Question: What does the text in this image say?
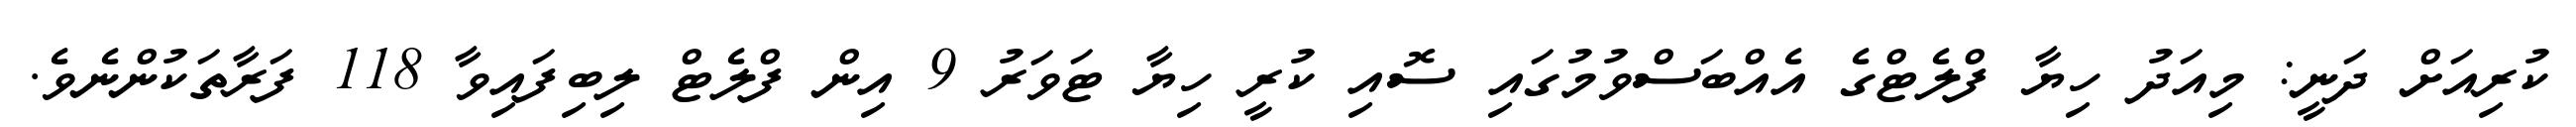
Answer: ކުރިއަށް ދަނީ: މިއަދު ހިޔާ ފްލެޓްގެ އެއްބަސްވުމުގައި ސޮއި ކުރީ ހިޔާ ޓަވަރު 9 އިން ފްލެޓް ލިބިފައިވާ 118 ފަރާތަކުންނެވެ.